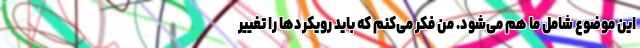
این موضوع شامل ما هم می‌شود. من فکر می‌کنم که باید رویکردها را تغییر